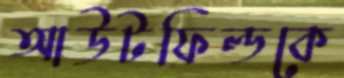
আউটফিল্ডকে